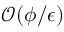
\mathcal { O } ( \phi / \epsilon )